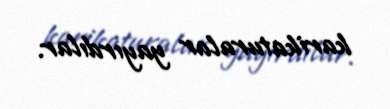
karikaturalar yayırdılar.